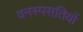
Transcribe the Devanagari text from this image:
वनस्पसतियों